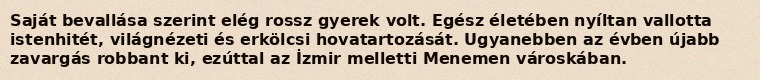
Saját bevallása szerint elég rossz gyerek volt. Egész életében nyíltan vallotta istenhitét, világnézeti és erkölcsi hovatartozását. Ugyanebben az évben újabb zavargás robbant ki, ezúttal az İzmir melletti Menemen városkában.